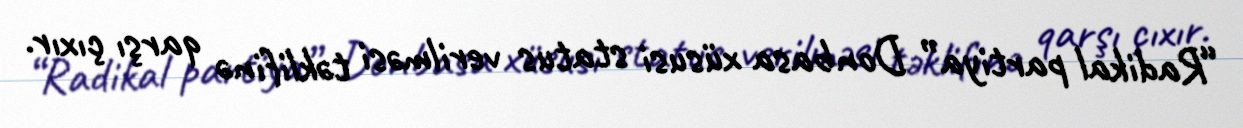
“Radikal partiya” Donbasa xüsusi status verilməsi təklifinə qarşı çıxır.